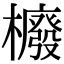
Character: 櫠